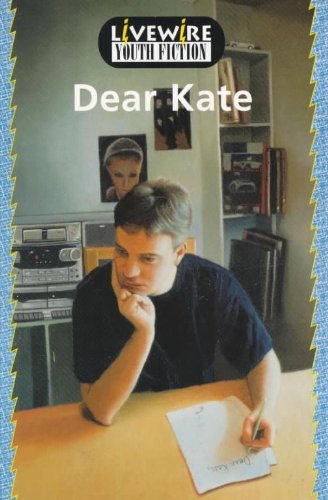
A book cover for Dear Kate: Youth Fiction (Livewire youth fiction); Marian Iseard; Teen & Young Adult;